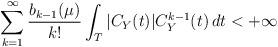
LaTeX: \begin{align*}\sum_{k=1}^{\infty}\frac{b_{k-1}(\mu)}{k!} \int_T |C_Y(t)| C_Y^{k-1}(t) \, d t <+\infty\end{align*}